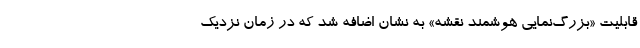
قابلیت «بزرگ‌نمایی هوشمند نقشه» به نشان اضافه شد که در زمان نزدیک